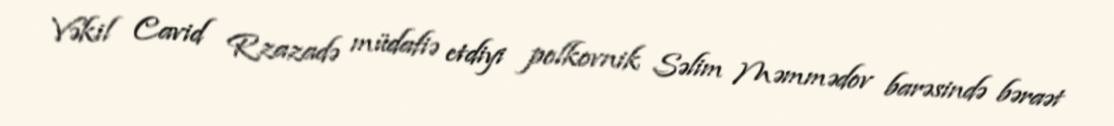
Vəkil Cavid Rzazadə müdafiə etdiyi polkovnik Səlim Məmmədov barəsində bəraət